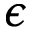
\epsilon